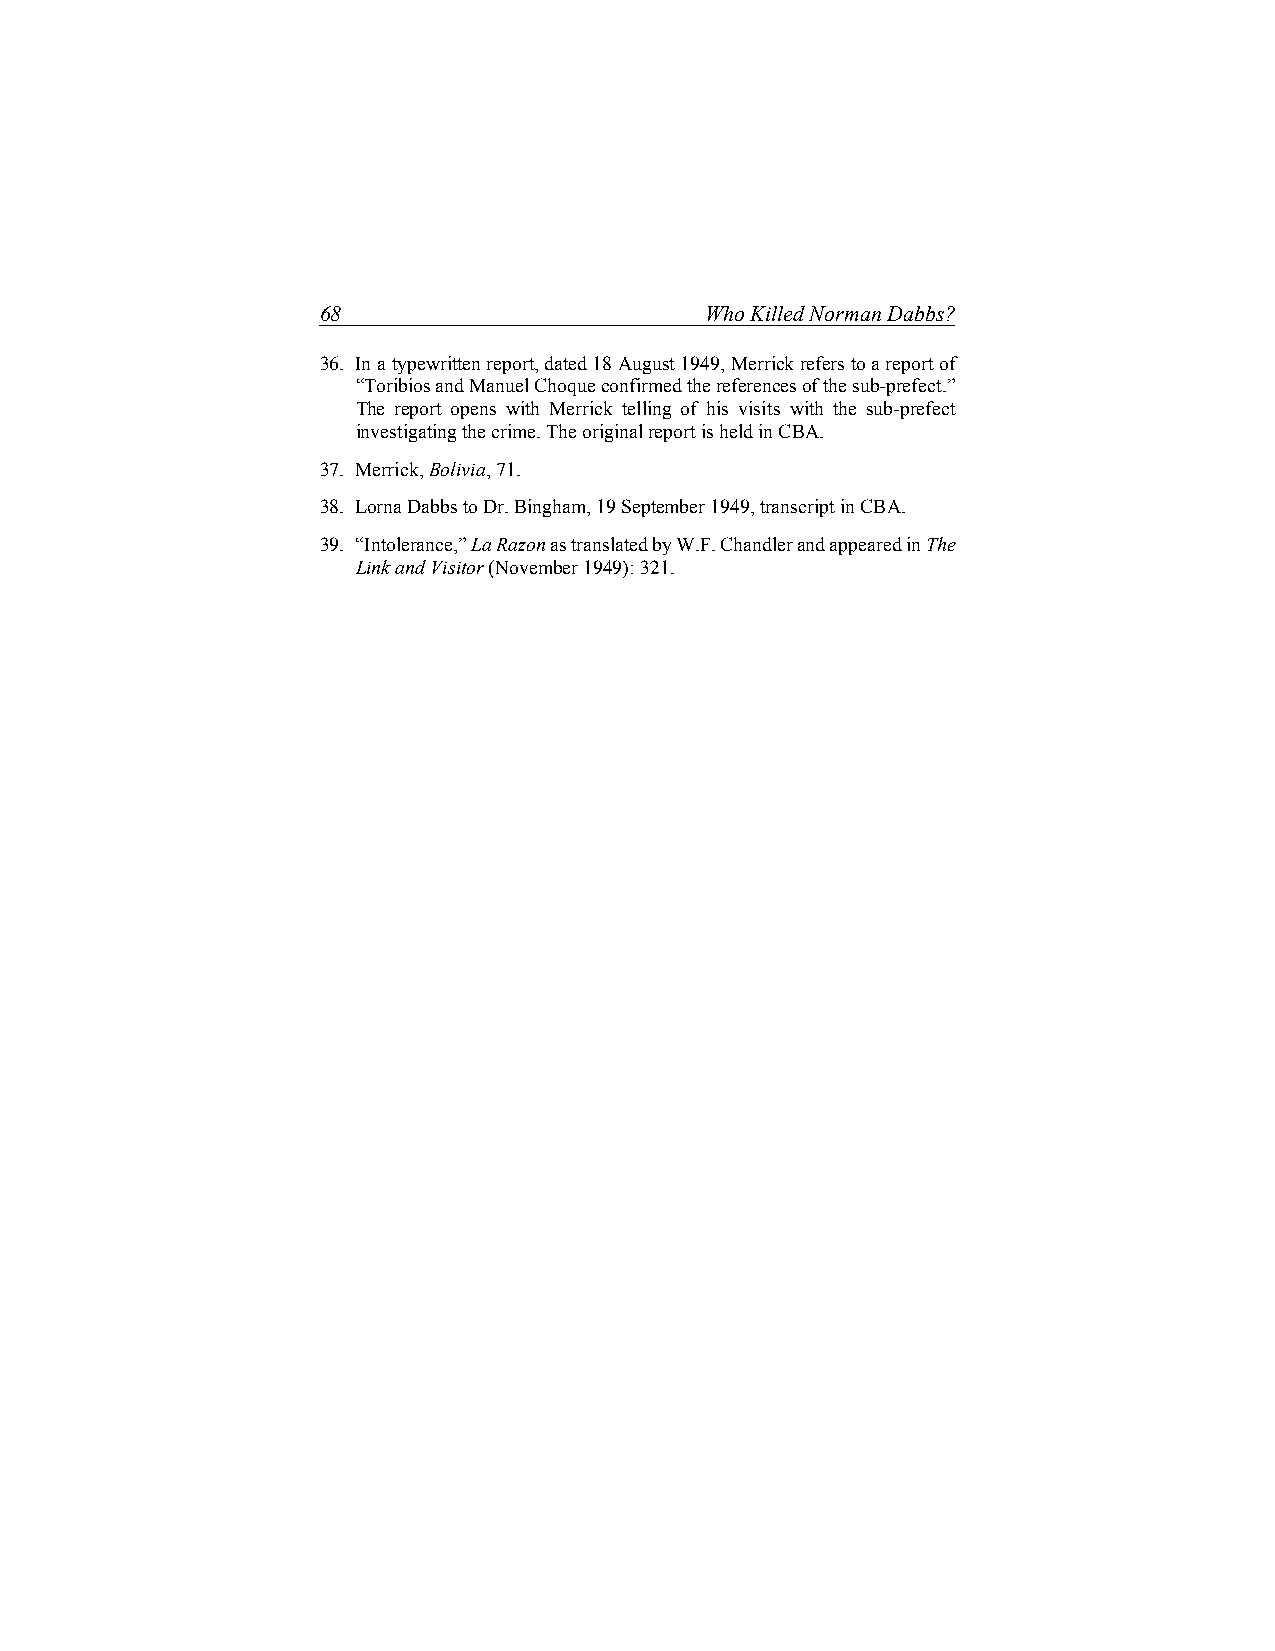
68                        Who Killed Norman Dabbs?
 36. In a typewritten report, dated 18 August 1949, Merrick refers to a report of
 “Toribios and Manuel Choque confirmed the references of the sub-prefect.”
 The report opens with Merrick telling of his visits with the sub-prefect
 investigating the crime. The original report is held in CBA.
 37. Merrick, Bolivia, 71.
 38. Lorna Dabbs to Dr. Bingham, 19 September 1949, transcript in CBA.
 39. “Intolerance,” La Razon as translated by W.F. Chandler and appeared in The
 Link and Visitor (November 1949): 321.